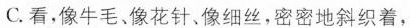
C.看，像牛毛、像花针、像细丝，密密地斜织着，